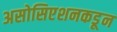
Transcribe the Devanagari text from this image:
असोसिएशनकडून